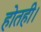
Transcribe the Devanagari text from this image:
होतही।